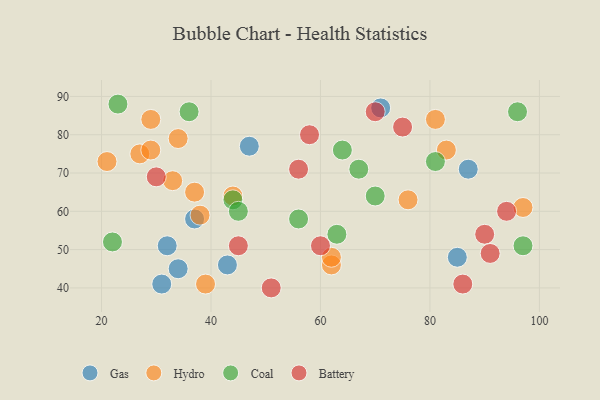
{"axis": {"x": "GDP", "y": "Life Expectancy"}, "legend": ["Battery", "Coal", "Gas", "Hydro"], "data": [{"x": "37", "y": 58, "type": "Gas"}, {"x": "34", "y": 45, "type": "Gas"}, {"x": "31", "y": 41, "type": "Gas"}, {"x": "43", "y": 46, "type": "Gas"}, {"x": "71", "y": 87, "type": "Gas"}, {"x": "85", "y": 48, "type": "Gas"}, {"x": "32", "y": 51, "type": "Gas"}, {"x": "87", "y": 71, "type": "Gas"}, {"x": "47", "y": 77, "type": "Gas"}, {"x": "34", "y": 79, "type": "Hydro"}, {"x": "62", "y": 46, "type": "Hydro"}, {"x": "29", "y": 84, "type": "Hydro"}, {"x": "62", "y": 48, "type": "Hydro"}, {"x": "44", "y": 64, "type": "Hydro"}, {"x": "27", "y": 75, "type": "Hydro"}, {"x": "38", "y": 59, "type": "Hydro"}, {"x": "39", "y": 41, "type": "Hydro"}, {"x": "83", "y": 76, "type": "Hydro"}, {"x": "37", "y": 65, "type": "Hydro"}, {"x": "33", "y": 68, "type": "Hydro"}, {"x": "76", "y": 63, "type": "Hydro"}, {"x": "21", "y": 73, "type": "Hydro"}, {"x": "29", "y": 76, "type": "Hydro"}, {"x": "97", "y": 61, "type": "Hydro"}, {"x": "81", "y": 84, "type": "Hydro"}, {"x": "81", "y": 73, "type": "Coal"}, {"x": "63", "y": 54, "type": "Coal"}, {"x": "44", "y": 63, "type": "Coal"}, {"x": "45", "y": 60, "type": "Coal"}, {"x": "70", "y": 64, "type": "Coal"}, {"x": "67", "y": 71, "type": "Coal"}, {"x": "23", "y": 88, "type": "Coal"}, {"x": "97", "y": 51, "type": "Coal"}, {"x": "22", "y": 52, "type": "Coal"}, {"x": "36", "y": 86, "type": "Coal"}, {"x": "64", "y": 76, "type": "Coal"}, {"x": "56", "y": 58, "type": "Coal"}, {"x": "96", "y": 86, "type": "Coal"}, {"x": "58", "y": 80, "type": "Battery"}, {"x": "86", "y": 41, "type": "Battery"}, {"x": "56", "y": 71, "type": "Battery"}, {"x": "75", "y": 82, "type": "Battery"}, {"x": "51", "y": 40, "type": "Battery"}, {"x": "60", "y": 51, "type": "Battery"}, {"x": "90", "y": 54, "type": "Battery"}, {"x": "70", "y": 86, "type": "Battery"}, {"x": "91", "y": 49, "type": "Battery"}, {"x": "94", "y": 60, "type": "Battery"}, {"x": "45", "y": 51, "type": "Battery"}, {"x": "30", "y": 69, "type": "Battery"}]}